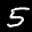
Label: 5